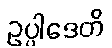
ဥပ္ပါဒေတိ